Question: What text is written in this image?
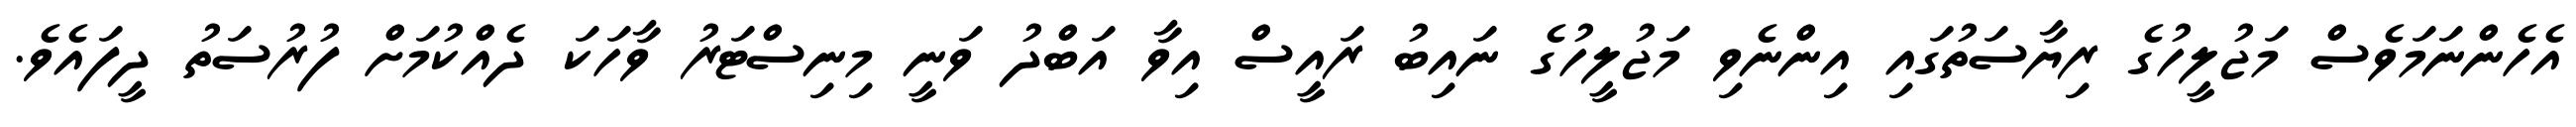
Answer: އެހެންނަމަވެސް މަޖުލީހުގެ ރިޔާސަތުގައި އިންނެވި މަޖުލީހުގެ ނައިބު ރައީސް އިވާ އަބްދު ވަނީ މިނިސްޓަރު ވާހަކަ ދެއްކުމަށް ފުރުސަތު ދީފައެވެ.